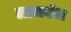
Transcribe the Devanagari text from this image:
लामबंध